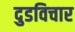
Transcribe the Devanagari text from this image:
दुडविचार